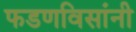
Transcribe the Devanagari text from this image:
फडणविसांनी